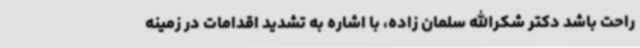
راحت باشد دکتر شکرالله سلمان زاده، با اشاره به تشدید اقدامات در زمینه